Report on sanitation, dispensaries, and jails in Rajputana for 1921, and on vaccination for the year 1921-1922 - 1921-1922
Year: 1921
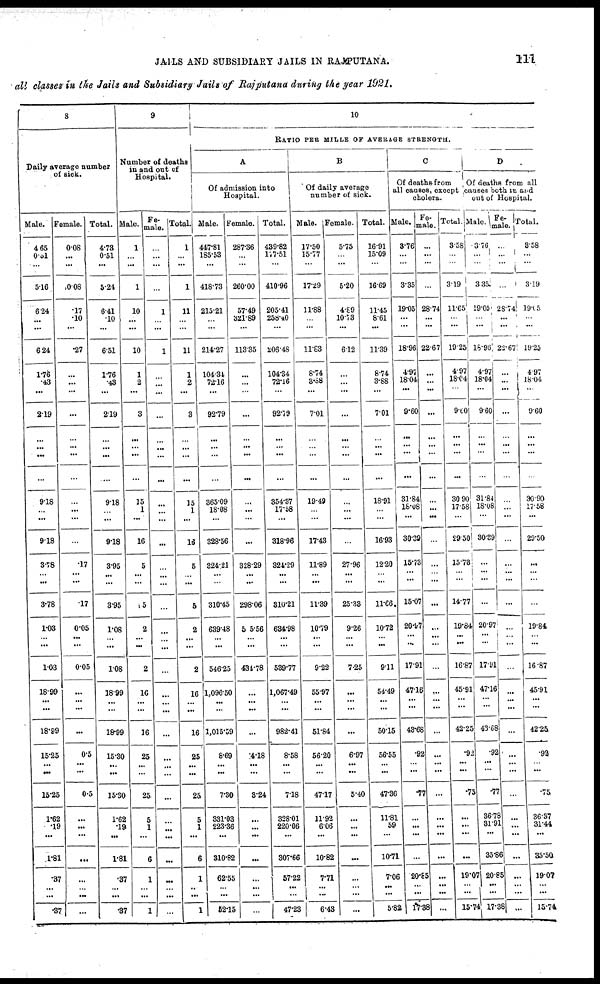
JAILS AND SUBSIDIARY JAILS IN RAJPUTANA.
111
all classes in the Jails and Subsidiary Jails of Rajputana during the year 1921.
8
Daily average number
of sick.
Male.
4.65
0.51
...
5.16
6.24
...
...
6.24
1.76
.43
...
2.19
...
...
...
...
9.18
...
...
9.18
3.78
...
...
3.78
1.03
...
...
1.03
18.99
...
...
18.99
15.25
...
...
15.25
1.62
.19
...
1.81
.37
...
...
.37
Female
0.08
...
...
0.06
.17
.10
...
.27
...
...
...
...
...
...
...
...
...
...
...
...
.17
...
...
.17
0.05
...
...
0.05
...
...
...
...
0.5
...
...
0.5
...
...
...
...
...
...
...
...
Total.
4.73
0.51
...
524
6.41
.10
...
6.51
1.76
.43
...
2.19
...
...
...
...
9.18
...
...
9.18
3.95
...
...
3.92
1.08
...
...
1.08
18.99
...
...
18.99
15.30
...
...
15.30
1.62
.19
...
1.81
.37
...
...
.37
9
Number of deaths
in and out of
Hospital.
Male.
1
...
...
1
10
...
...
10
1
2
...
3
...
...
...
...
15
1
...
16
5
...
...
15
2
...
...
2
16
...
...
16
25
...
...
25
5
1
...
6
1
...
...
1
Fe-
male.
...
...
...
...
1
...
...
1
...
...
...
...
...
...
...
...
...
...
...
...
...
...
...
...
...
...
...
...
...
...
...
...
...
...
...
...
...
...
...
...
...
...
...
...
Total.
1
...
...
1
11
...
...
11
1
2
...
3
...
...
...
...
15
1
...
16
5
...
...
5
2
...
...
2
16
...
...
16
25
...
...
25
5
1
...
6
1
..
...
1
10
RATIO PER MILLE OF AVERAGE STRENGTH.
A
Of admission into
Hospital.
Male.
447.81
185.53
...
418.73
215.21
...
...
214.27
104.34
72.16
...
92.79
...
...
...
...
365.09
18.08
...
328.56
324.21
...
...
310.45
639.48
...
...
546.25
1,096.50
...
...
1,015.59
8.69
...
...
7.30
331.03
223.36
...
310.82
62.55
...
...
52.15
Female.
287.36
...
...
260.00
57.49
321.89
...
113.35
...
...
...
...
...
...
...
...
...
...
...
...
328.29
...
...
298.06
505.56
...
...
431.78
...
...
...
...
4.18
...
...
3.24
...
...
...
...
...
...
...
...
Total.
439.82
177.51
...
410.96
205.41
258.40
...
206.48
104.34
72.16
...
92.79
...
...
...
...
354.37
17.58
...
318.96
324.29
...
...
310.21
634.98
...
...
539.77
1,067.49
...
...
982.41
8.58
...
...
7.18
328.01
220.06
...
307.66
57.22
...
...
47.23
B
Of daily average
number of sick.
Male.
17.50
15.77
...
17.29
11.88
...
...
11.83
8.74
3.88
...
7.01
...
...
...
...
19.49
...
...
17.43
11.89
...
...
11.39
10.79
...
...
9.22
55.97
...
...
51.84
56.20
...
...
47.17
11.92
6.06
...
10.82
7.71
...
...
6.43
Female.
5.75
...
...
5.20
4.89
10.73
...
6.12
...
...
...
...
...
...
...
...
...
...
...
...
27.96
...
...
25.38
9.26
...
...
7.25
...
...
...
...
6.97
...
...
5.40
...
...
...
...
...
...
...
...
Total.
16.91
15.09
...
16.69
11.45
8.61
...
11.39
8.74
3.88
...
7.01
...
...
...
...
18.91
...
...
16.93
12.20
...
...
11.66.
10.72
...
...
9.11
54.49
...
...
50.15
56.55
...
...
47.36
11.81
59
...
10.71
7.06
...
...
5.82
C
Of deaths from
all causes, except
cholera.
Male.
3.76
...
...
3.35
19.05
...
...
18.96
4.97
18.04
...
9.60
...
...
...
...
31.84
18.08
...
30.39
15.73
...
...
15.07
20.97
...
...
17.91
47.16
...
...
43.68
.92
...
...
.77
...
...
...
...
20.85
...
...
17.38
Fe-
male
...
...
...
...
28.74
...
...
22.67
...
...
...
...
...
...
...
...
...
...
...
...
...
...
...
...
...
...
...
...
...
...
...
...
...
...
...
...
...
...
...
...
...
...
...
...
Total.
3.58
...
...
3.19
11.65
...
...
19.25
4.97
18.04
...
9.00
...
...
...
...
30.90
17.58
...
29.50
15.73
...
...
14.77
19.84
...
...
16.87
45.91
...
...
42.25
.92
...
...
.75
...
...
...
...
19.07
...
...
15.74
D
Of deaths from all
causes both in and
out of Hospital.
Male.
3.76
...
...
3.35
19.05
...
...
15.96
4.97
18.04
...
9.60
...
...
...
...
31.84
18.08
...
30.39
...
...
...
...
20.97
...
...
17.91
47.16
...
...
43.68
.92
...
...
.77
36.78
31.91
...
35.86
20.82
...
...
17.38
Fe-
male.
...
...
...
...
28.74
...
...
22.67
...
...
...
...
...
...
...
...
...
...
...
...
...
...
...
...
...
...
...
...
...
...
...
...
...
...
...
...
...
...
...
...
...
...
...
...
Total.
3.58
...
...
3.19
19.05
...
...
19.25
4.97
18.04
...
9.60
...
...
...
...
30.90
17.58
...
29.50
...
...
...
...
19.84
...
...
16.87
45.91
...
...
42.25
.92
...
...
.75
36.37
31.44
...
35.50
19.07
...
...
15.74